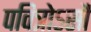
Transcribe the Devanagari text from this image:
पवित्रोऽसौ